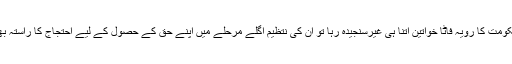
انھوں نے کہا کہ اگر حکومت کا رویہ فاٹا خواتین اتنا ہی غیرسنجیدہ رہا تو ان کی نتظیم اگلے مرحلے میں اپنے حق کے حصول کے لیے احتجاج کا راستہ بھی اختیار کر سکتی ہے۔